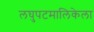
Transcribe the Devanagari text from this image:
लघुपटमालिकेला